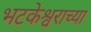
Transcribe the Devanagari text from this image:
भटकेश्वराच्या